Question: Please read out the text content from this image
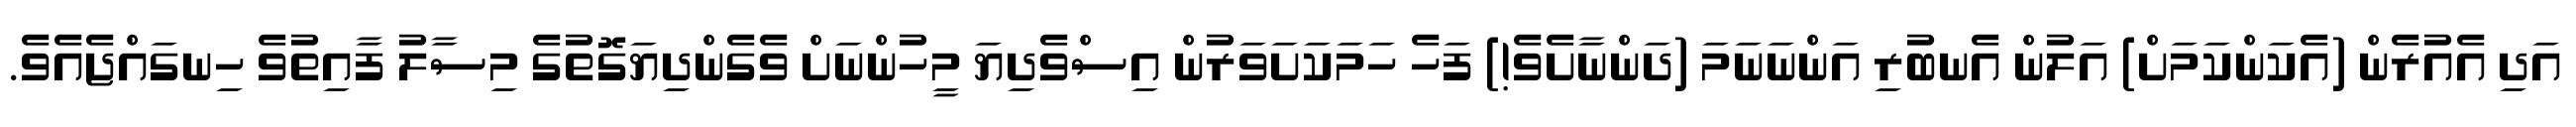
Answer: އަދި އެއުރެން (އެކަންކަމަށް) އަލުން އެނބުރި އަންނަނަމަ (ދަންނާށެވެ!) ފަހެ ހަމަކަށަވަރުން އިސްވެދިޔަ މީހުންނަށް ވެގެންދިޔަގޮތުގެ މިސާލު ފާއިތުވެ ހިނގައްޖެއެވެ.